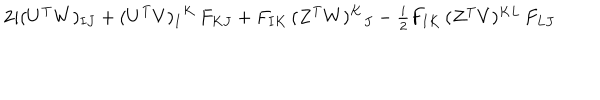
2 i ( U ^ { \mathrm { T } } W ) _ { I J } + ( U ^ { \mathrm { T } } V ) _ { I } { } ^ { K } \, F _ { K J } + F _ { I K } \, ( Z ^ { \mathrm { T } } W ) ^ { K } { } _ { J } - \textstyle { \frac { i } { 2 } } F _ { I K } \, ( Z ^ { \mathrm { T } } V ) ^ { K L } \, F _ { L J }